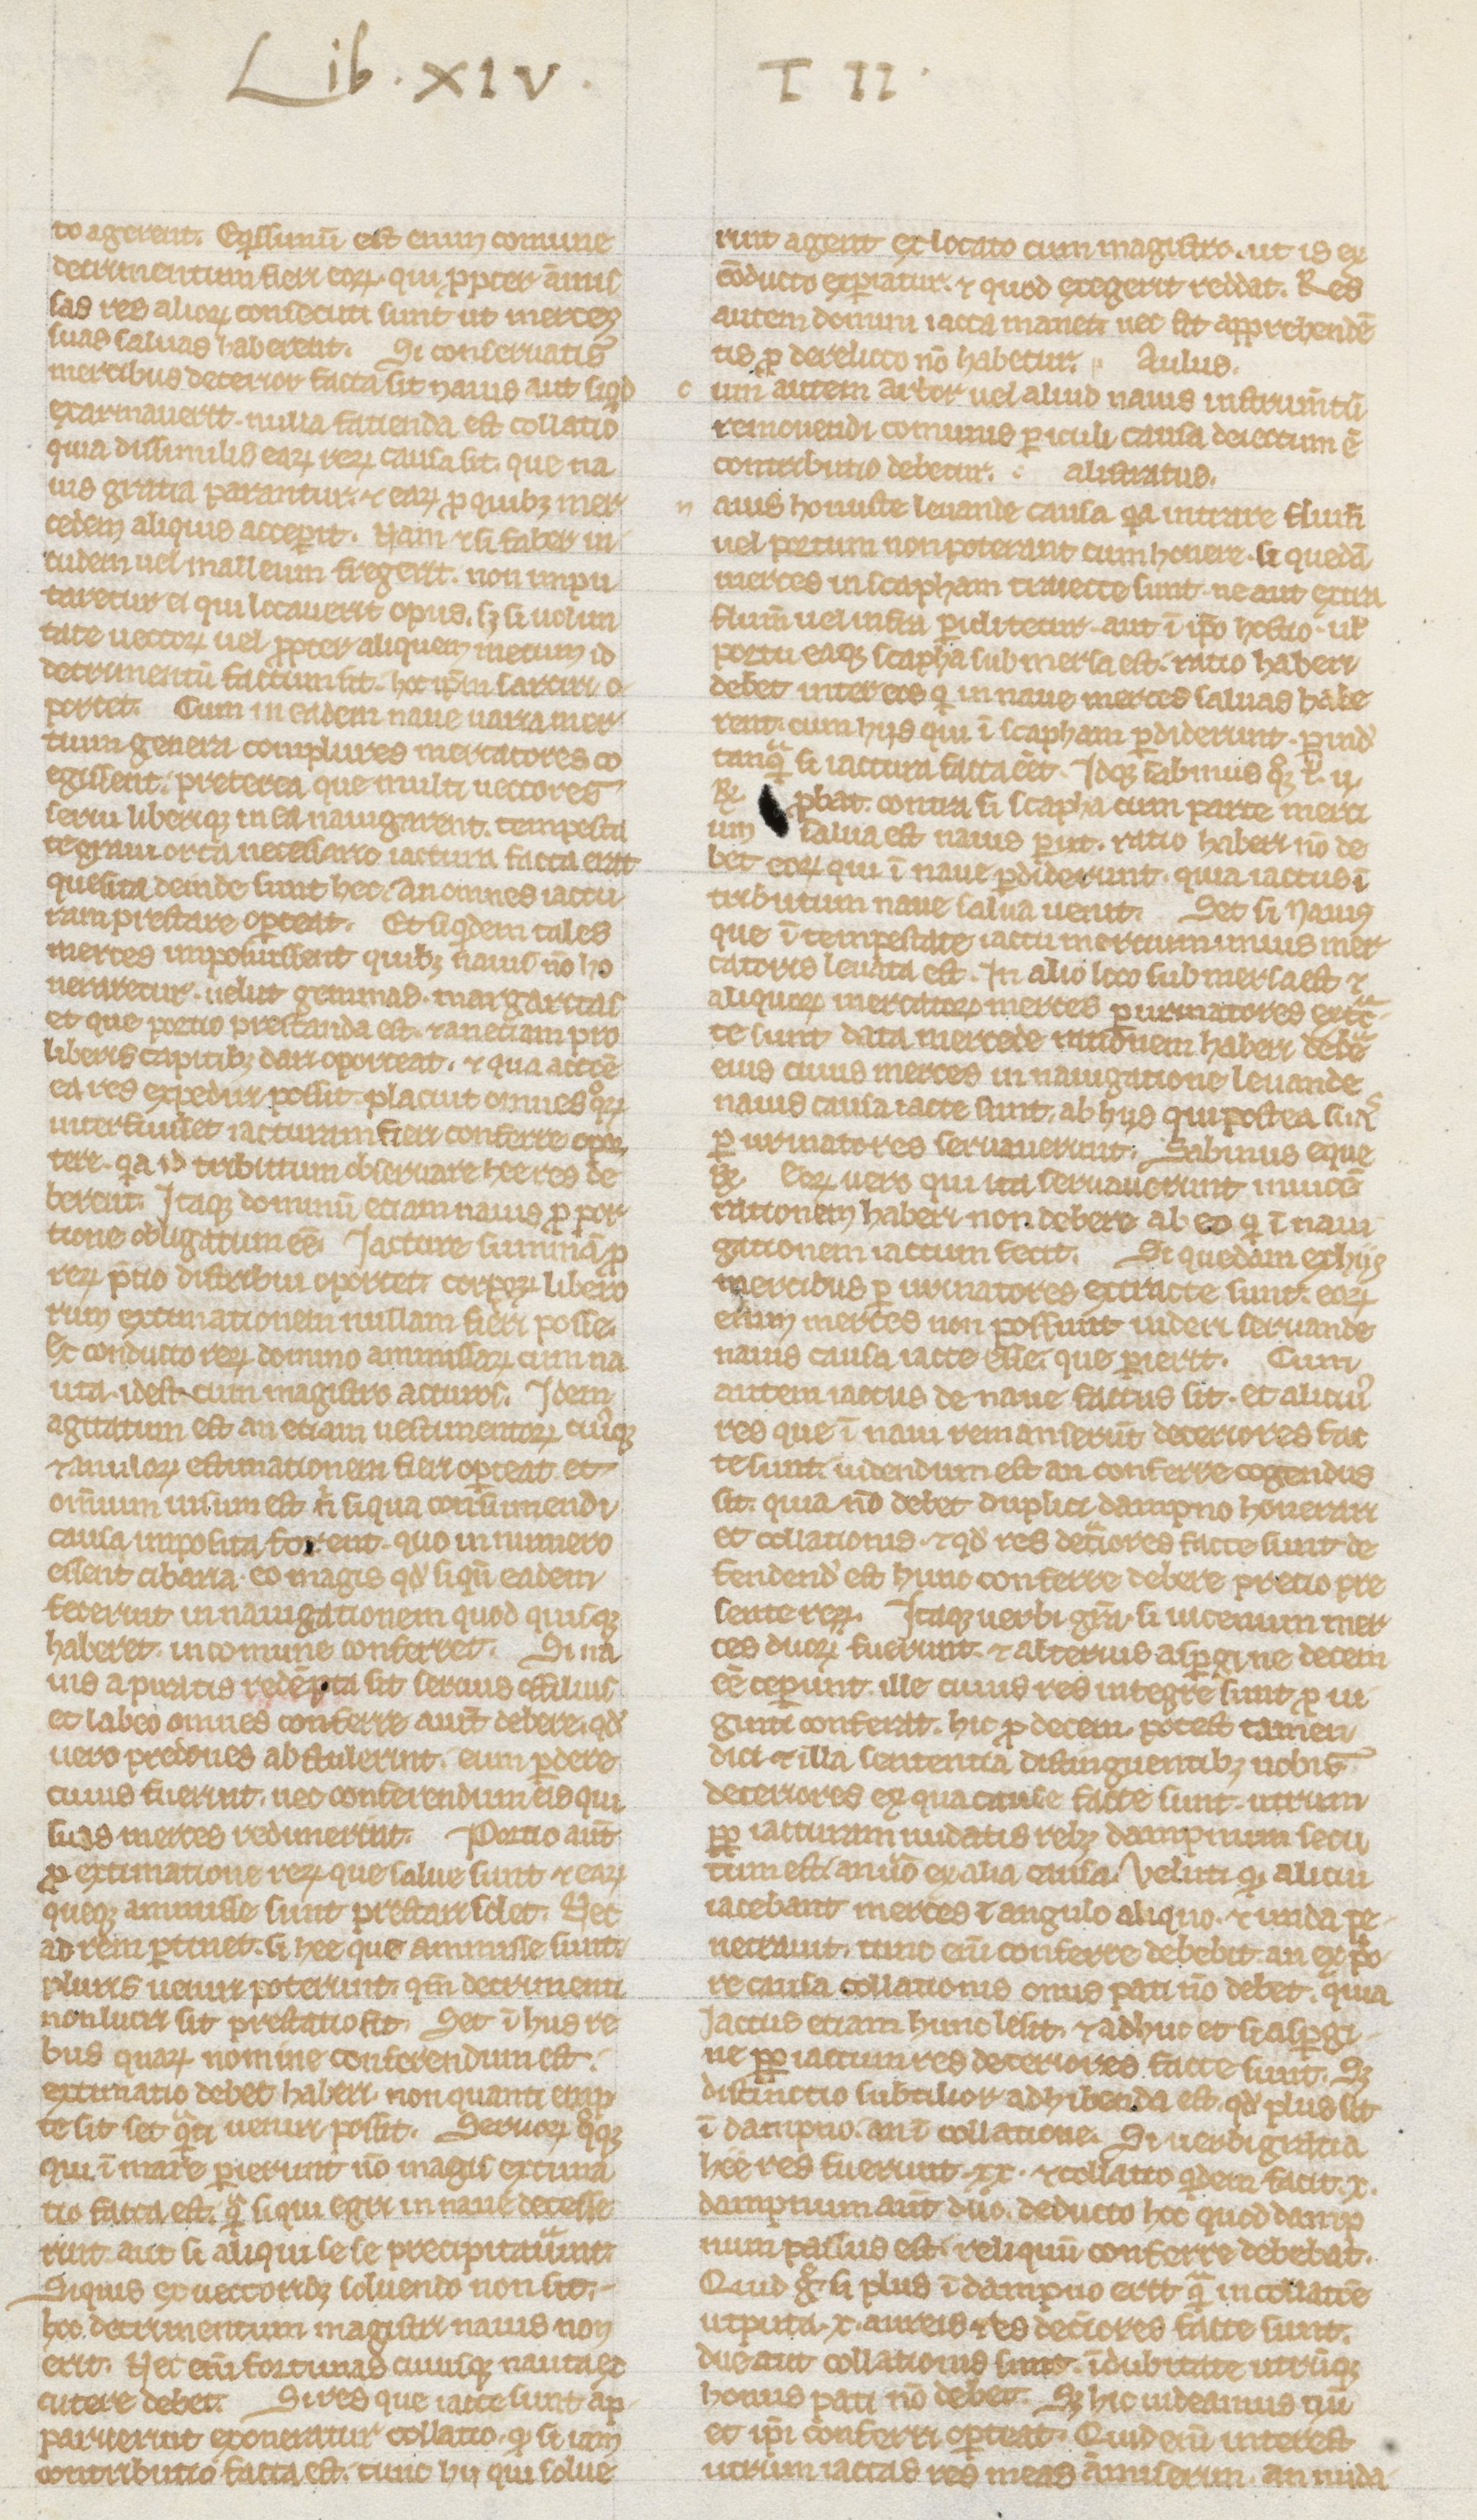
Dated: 1235–1265